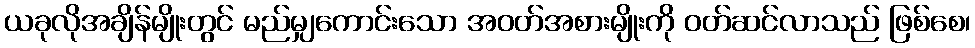
ယခုလိုအချိန်မျိုးတွင် မည်မျှကောင်းသော အဝတ်အစားမျိုးကို ဝတ်ဆင်လာသည် ဖြစ်စေ၊